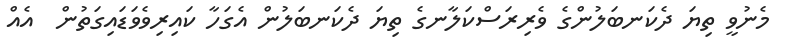
މެނުވީ ތިޔަ ދެކަނބަލުންގެ ވެރިރަސްކަލާނގެ ތިޔަ ދެކަނބަލުން އެގަހާ ކައިރިވެވަޑައިގަތުން  އެއް